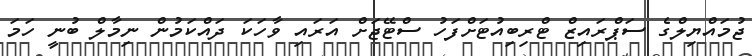
ޖުމައްޔިލްގެ ސަޕްރައިޒް ޓްރިބިއުޓަށްފަހު ސްޓޭޖަށް އަރައި ވާހަކަ ދައްކަމުން ނިމާލް ބުނީ ހަމަ